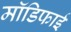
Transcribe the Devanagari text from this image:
मॉडिफाई